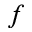
f